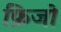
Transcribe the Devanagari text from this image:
फ़िजो